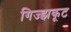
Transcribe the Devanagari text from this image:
गिज्झकूट